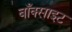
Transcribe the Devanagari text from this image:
बाँक्साइट